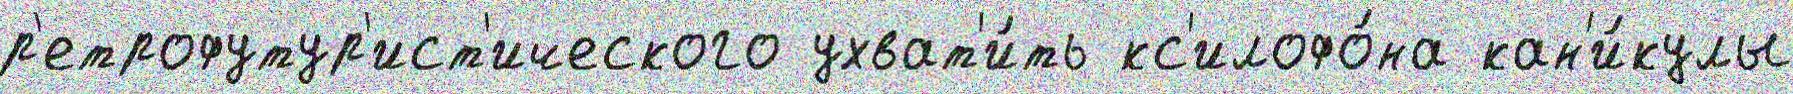
р'етрофутур'ист'ического ухват'и́ть кс'илофо́на кан'и́кулы